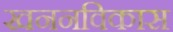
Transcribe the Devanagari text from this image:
खननविकास